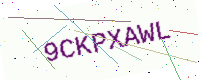
Text: 9CKPXAWL